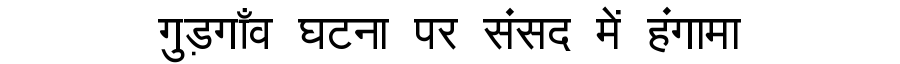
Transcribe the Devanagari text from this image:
गुड़गाँव घटना पर संसद में हंगामा